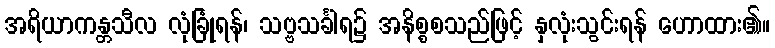
အရိယာကန္တသီလ လုံခြုံရန်၊ သဗ္ဗသင်္ခါရ၌ အနိစ္စစသည်ဖြင့် နှလုံးသွင်းရန် ဟောထား၏။